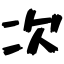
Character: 次